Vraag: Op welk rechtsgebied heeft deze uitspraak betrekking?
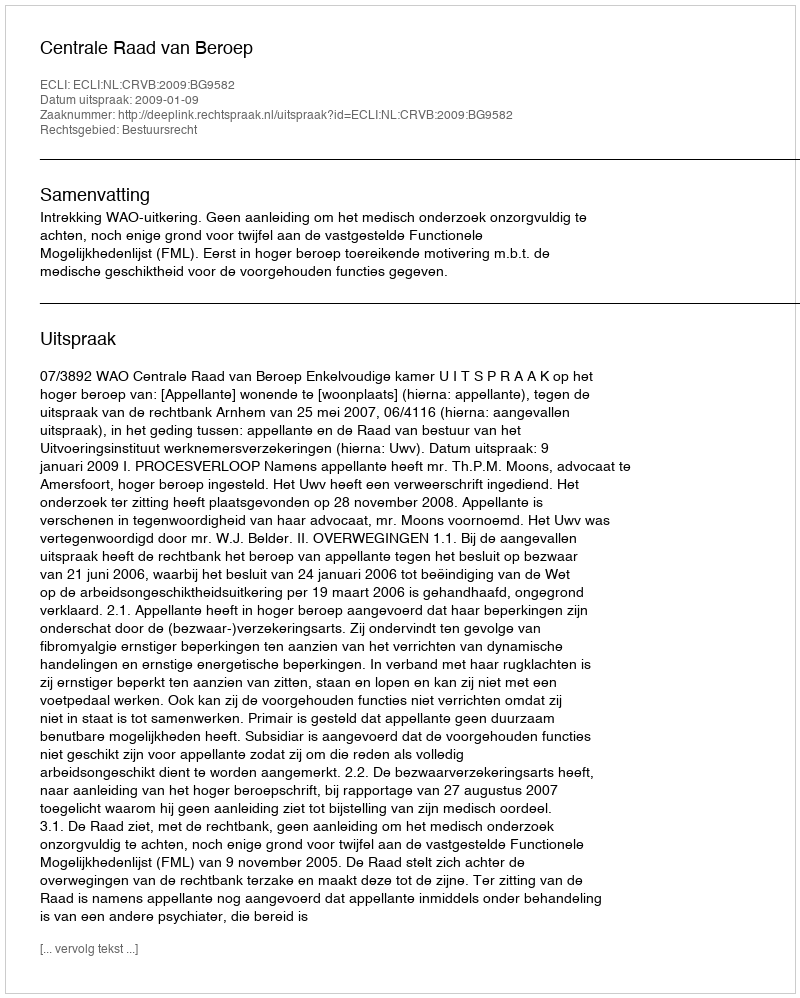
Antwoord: Bestuursrecht